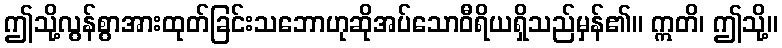
ဤသို့လွန်စွာအားထုတ်ခြင်းသဘောဟုဆိုအပ်သောဝီရိယရှိသည်မှန်၏။ ဣတိ၊ ဤသို့။